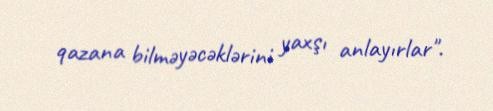
qazana bilməyəcəklərini yaxşı anlayırlar".